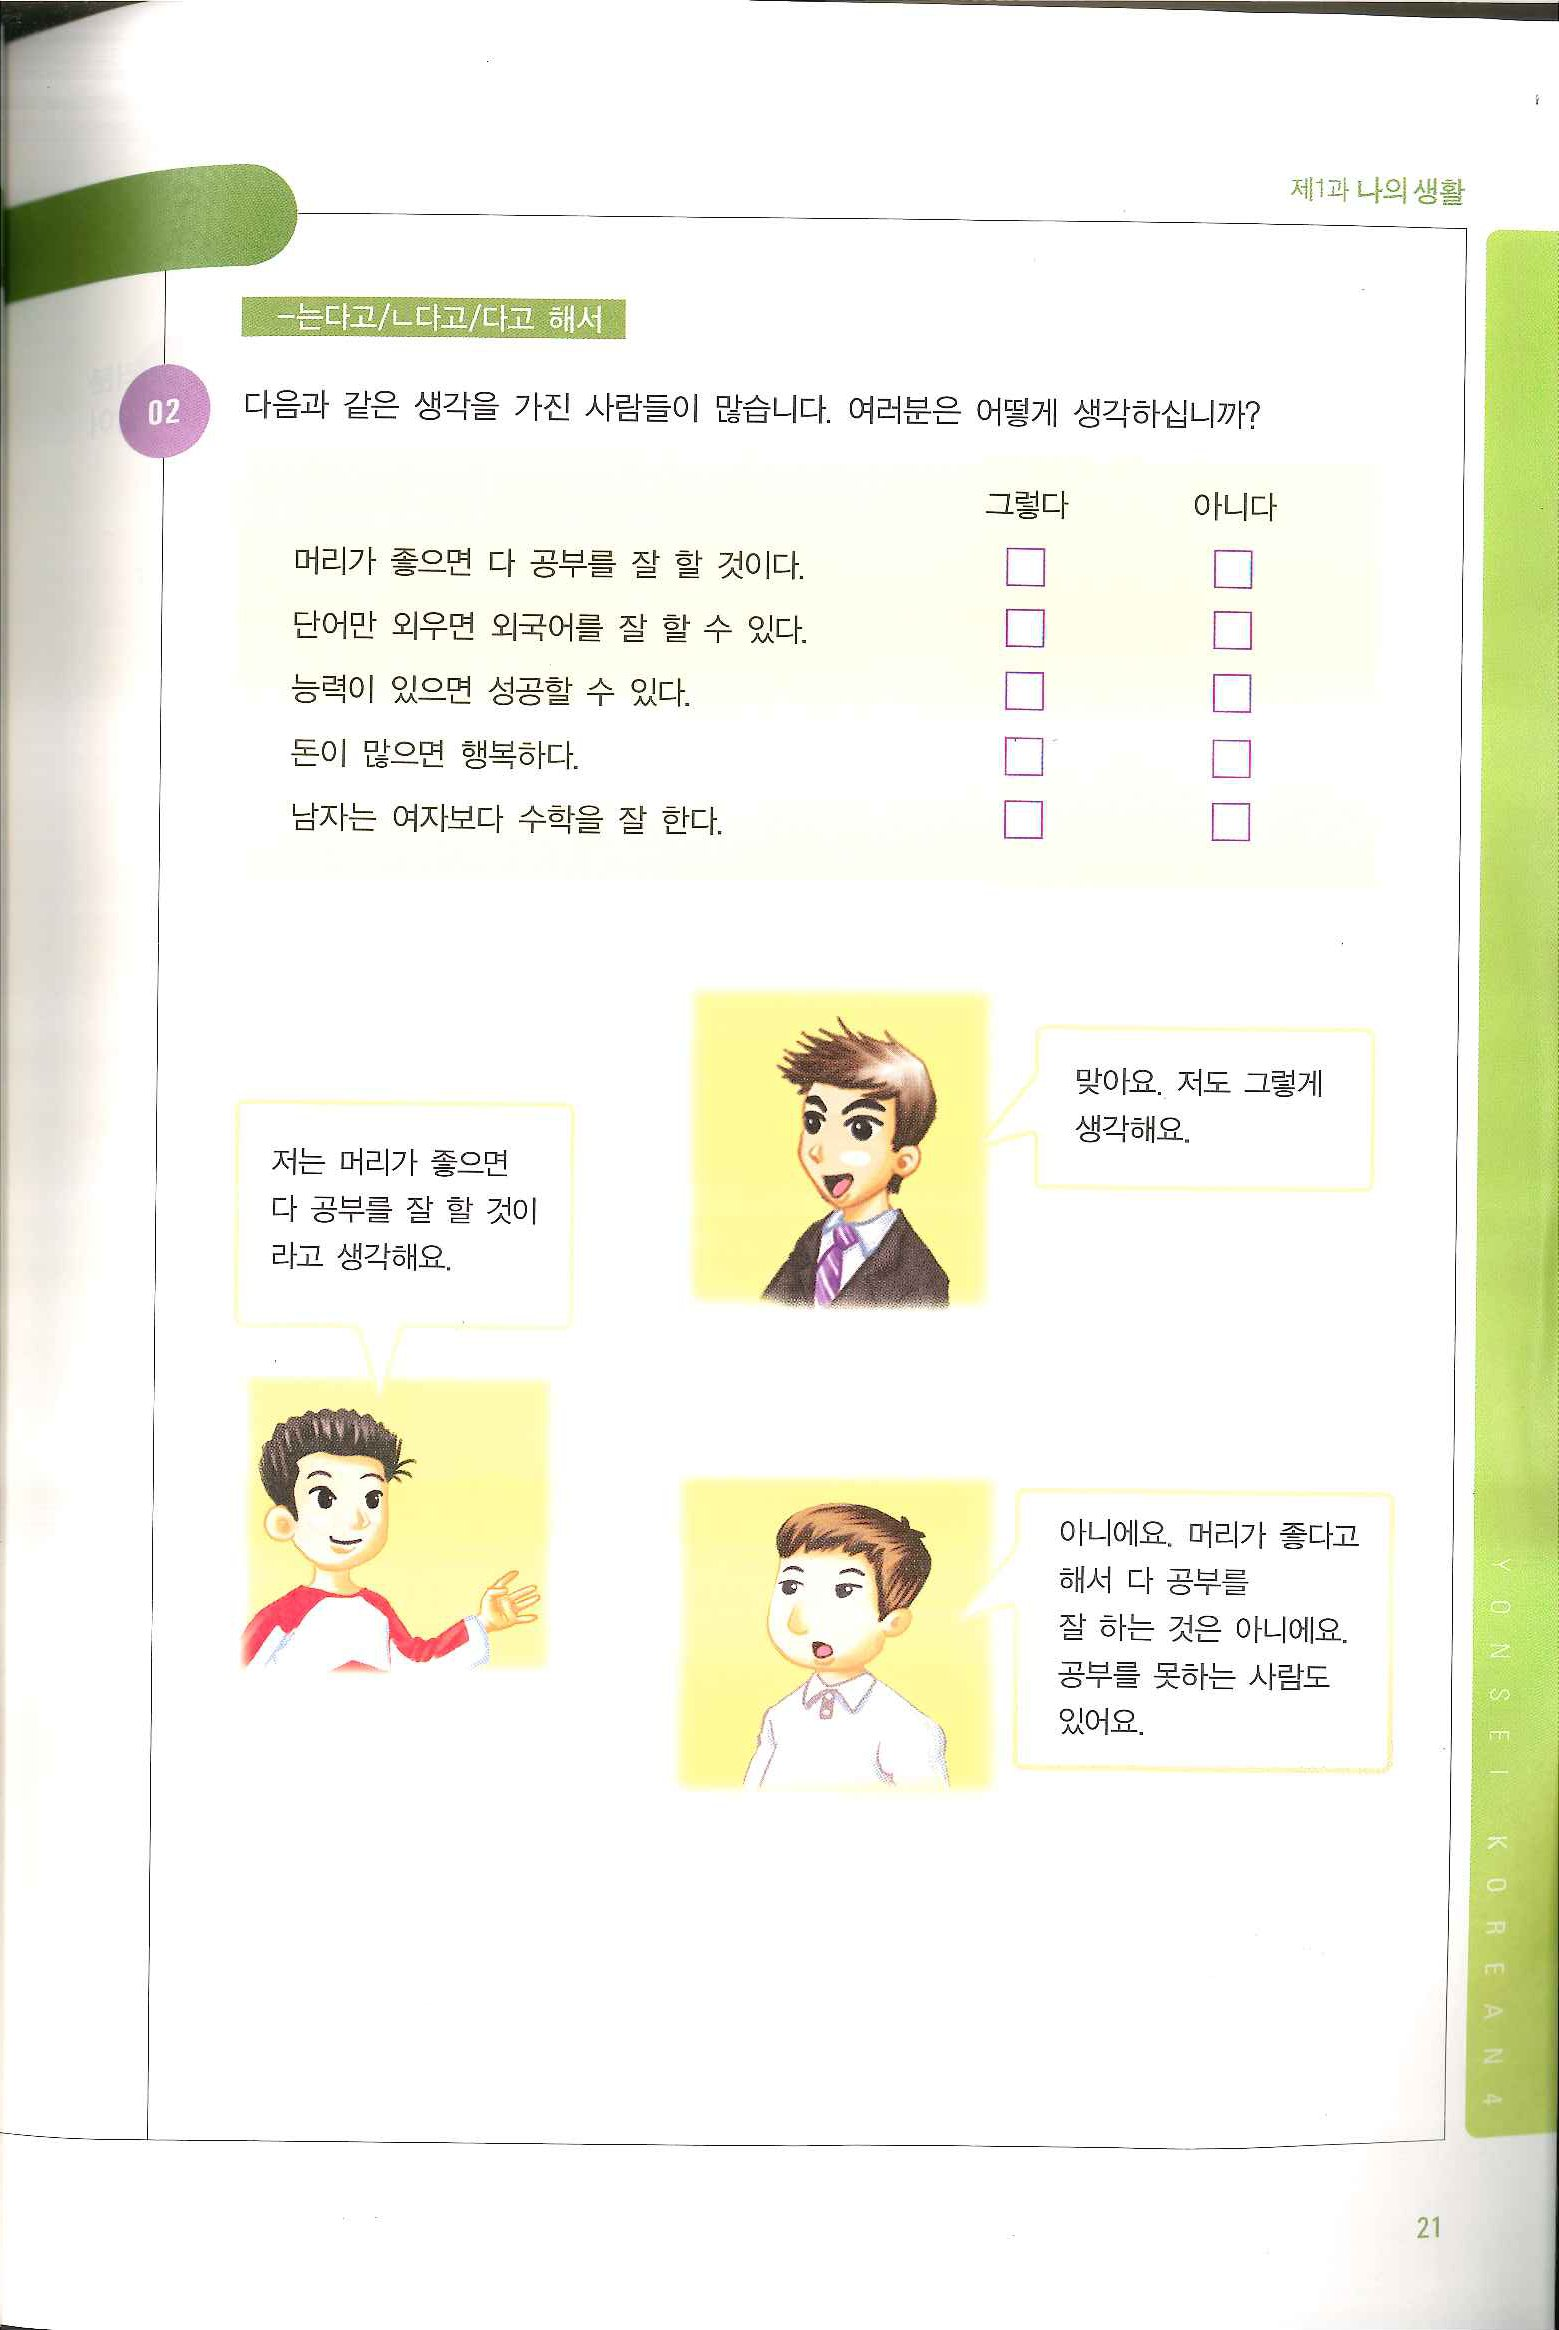
Language: ko